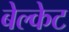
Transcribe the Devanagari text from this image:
बेल्केट